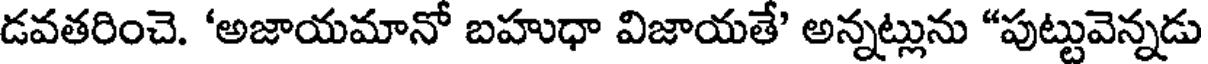
డవతరించె. 'అజాయమానో బహుధా విజాయతే' అన్నట్లును "పుట్టువెన్నడు